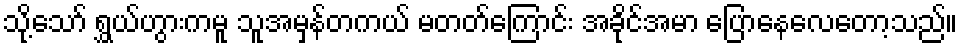
သို့သော် ရွှယ်ဟွားကမူ သူအမှန်တကယ် မတတ်ကြောင်း အခိုင်အမာ ပြောနေလေတော့သည်။